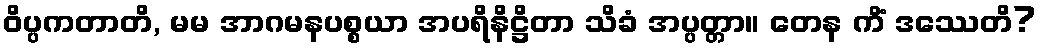
ဝိပ္ပကတာတိ, မမ အာဂမနပစ္စယာ အပရိနိဋ္ဌိတာ သိခံ အပ္ပတ္တာ။ တေန ကိံ ဒဿေတိ?